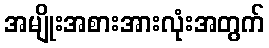
အမျိုးအစားအားလုံးအတွက်